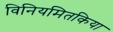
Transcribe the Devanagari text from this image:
विनियमितकिया